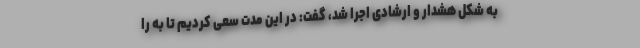
به شکل هشدار و ارشادی اجرا شد، گفت: در این مدت سعی کردیم تا به را